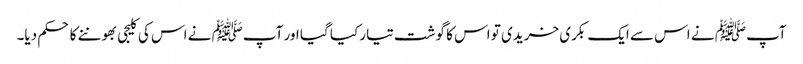
آپﷺ نے اس سے ایک بکری خریدی تو اس کا گوشت تیار کیا گیا اور آپﷺ نے اس کی کلیجی بھوننے کا حکم دیا۔